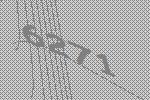
6271